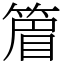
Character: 篃